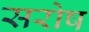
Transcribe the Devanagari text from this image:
सरोष